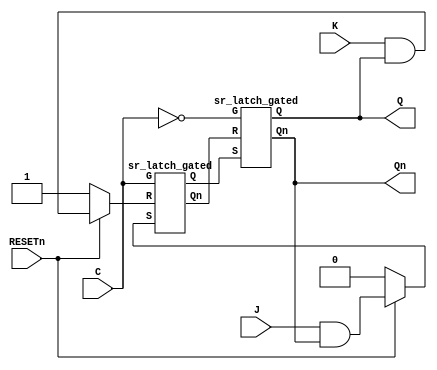
module jk_flip_flop_master_slave(Q, Qn, C, J, K, RESETn);
   output Q;
   output Qn;
   input  C;
   input  J;
   input  K;
   input  RESETn; 
   
   wire   MQ;  
   wire   MQn; 
   wire   Cn;  
   wire   J1;  
   wire   K1;  
   wire   J2;  
   wire   K2;  
   assign J2 = !RESETn ? 0 : J1;  
   assign K2 = !RESETn ? 1 : K1;  
   
   and(J1, J, Qn);
   and(K1, K, Q);   
   not(Cn, C);   
   sr_latch_gated master(MQ, MQn, C, J2, K2);
   sr_latch_gated slave(Q, Qn, Cn, MQ, MQn);   
endmodule 

module sr_latch_gated(Q, Qn, G, S, R);
   output Q;
   output Qn;
   input  G;   
   input  S;
   input  R;
   
   wire   S1;
   wire   R1;
   
   and(S1, G, S);
   and(R1, G, R);   
   nor(Qn, S1, Q);
   nor(Q, R1, Qn);
endmodule